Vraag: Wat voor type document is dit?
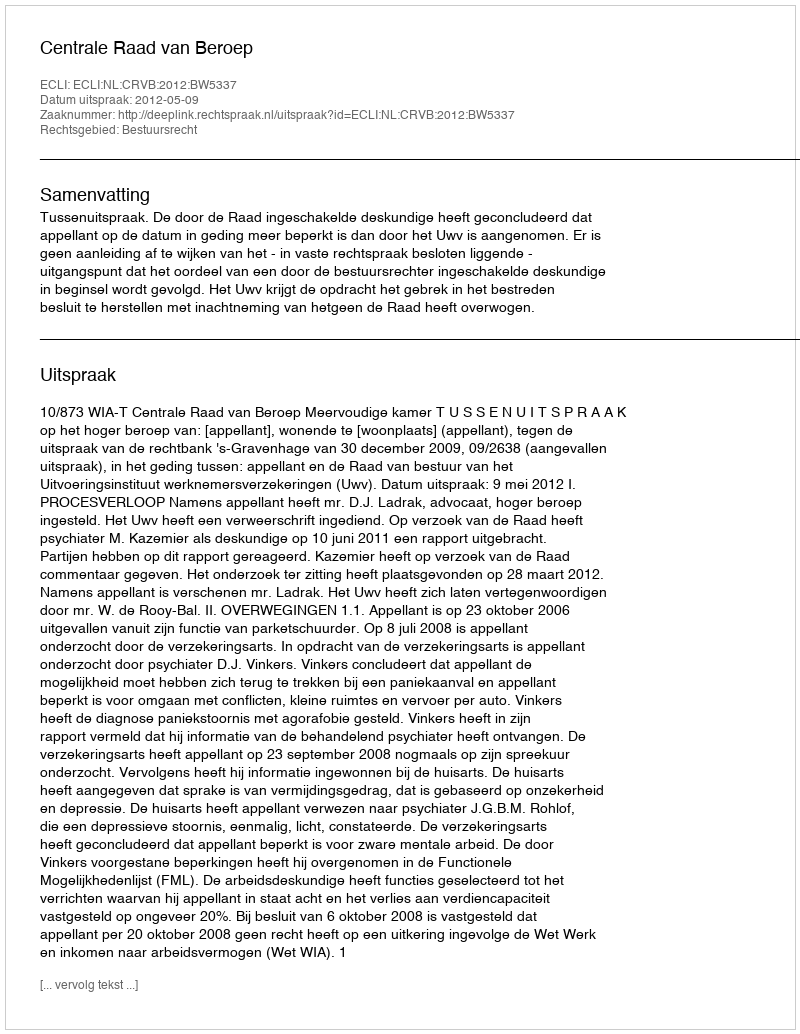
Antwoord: Uitspraak